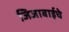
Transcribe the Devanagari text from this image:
जिजाबाईचे